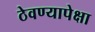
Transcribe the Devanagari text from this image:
ठेवण्यापेक्षा